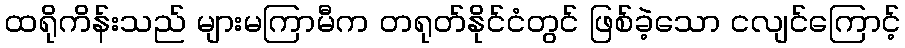
ထရိုကိန်းသည် များမကြာမီက တရုတ်နိုင်ငံတွင် ဖြစ်ခဲ့သော ငလျင်ကြောင့်